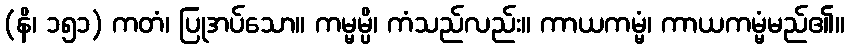
(နိ၊ ၁၅၁) ကတံ၊ ပြုအပ်သော။ ကမ္မမ္ပိ၊ ကံသည်လည်း။ ကာယကမ္မံ၊ ကာယကမ္မံမည်၏။